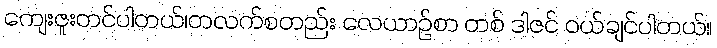
ကျေးဇူးတင်ပါတယ်၊တလက်စတည်း လေယာဉ်စာ တစ် ဒါဇင် ဝယ်ချင်ပါတယ်။